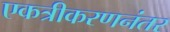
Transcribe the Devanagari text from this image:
एकत्रीकरणनंतर